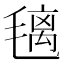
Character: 𣯤